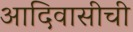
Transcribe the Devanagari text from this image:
आदिवासीची